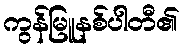
ကွန်မြူနစ်ပါတီ၏